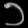
Digit: ၁